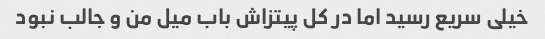
خیلی سریع رسید اما در کل پیتزاش باب میل من و جالب نبود